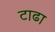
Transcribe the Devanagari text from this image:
टाढा